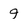
Character: 9